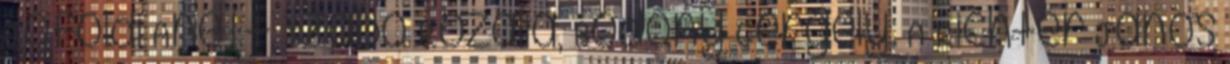
Jóföldi Anett, Szabó Rozália, Bodony Gergely. A Richter János